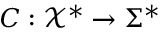
C : { \mathcal { X } } ^ { * } \rightarrow \Sigma ^ { * }